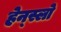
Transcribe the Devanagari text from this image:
हेन्स्लो